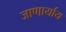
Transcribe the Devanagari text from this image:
जाणार्याय